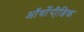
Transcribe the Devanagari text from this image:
ऑर्थोपी़डिक